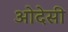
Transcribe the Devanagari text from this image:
ओदेसी